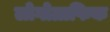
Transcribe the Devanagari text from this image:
लोगोग्राफिक